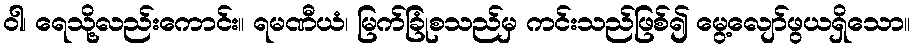
ဝါ၊ ရေသို့လည်းကောင်း။ ရမဏီယံ၊ မြက်ခြုံစသည်မှ ကင်းသည်ဖြစ်၍ မွေ့လျော်ဖွယရှိသော။